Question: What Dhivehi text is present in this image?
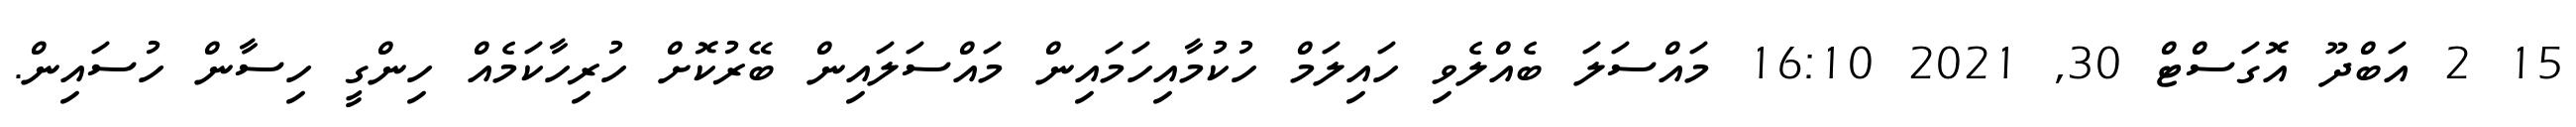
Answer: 15 2 އަބްދޫ އޮގަސްޓް 30, 2021 16:10 މައްސަލަ ބެއްލެވި ހައިލަމް ހުކުމާއިހަމައިން މައްސަލައިން ބޭރުކޮށް ހުރިހާކަމެއް ހިންގީ ހިސާން ހުސައިން.